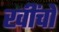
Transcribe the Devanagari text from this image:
खींचों